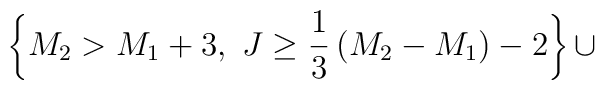
\left\{M_2>M_1+3,~J\ge {1\over 3}\left(M_2-M_1\right)-2\right\}\cup